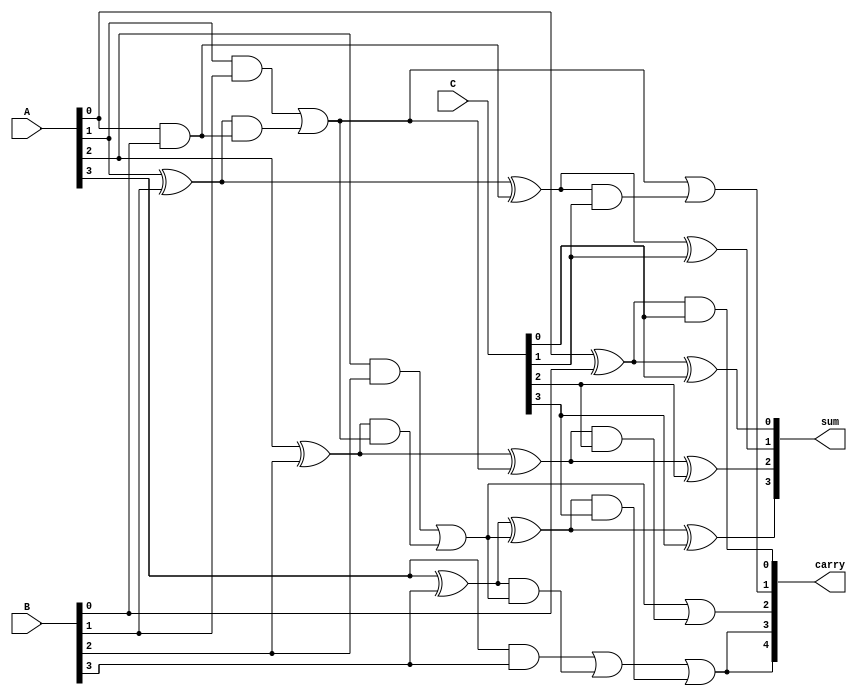
module CarrySaveAdder #(
    parameter N = 4 // Bit-width of the operands
)(
    input  wire [N-1:0] A, // First operand
    input  wire [N-1:0] B, // Second operand
    input  wire [N-1:0] C, // Third operand
    output wire [N-1:0] sum, // Sum output
    output wire [N:0] carry // Carry output (N+1 bits to accommodate overflow)
);

    wire [N-1:0] sum_temp [2:0]; // Temporary sum outputs
    wire [N-1:0] carry_temp [2:0]; // Temporary carry outputs

    genvar i;
    generate
        for (i = 0; i < N; i = i + 1) begin : CSA
            if (i == 0) begin
                // For the least significant bit, use Half Adders
                assign sum_temp[0][i] = A[i] ^ B[i];
                assign carry_temp[0][i] = A[i] & B[i];

                assign sum_temp[1][i] = sum_temp[0][i] ^ C[i];
                assign carry_temp[1][i] = sum_temp[0][i] & C[i];

            end else begin
                // Use Full Adders for higher order bits
                wire sum_a, carry_a, carry_b;
                
                // Full Adder for A, B and carry from the previous stage
                assign sum_a = A[i] ^ B[i];
                assign carry_a = A[i] & B[i];

                assign sum_temp[0][i] = sum_a ^ carry_temp[0][i-1];
                assign carry_temp[0][i] = carry_a | (sum_a & carry_temp[0][i-1]);

                // Full Adder for temp sums and C
                assign sum_temp[1][i] = sum_temp[0][i] ^ C[i];
                assign carry_temp[1][i] = carry_temp[0][i] | (sum_temp[0][i] & C[i]);
            end
        end
    endgenerate

    // Final output assignments
    assign sum = sum_temp[1];          // Final sum output
    assign carry = {carry_temp[1][N-1], carry_temp[1]}; // Final carry output with overflow bit

endmodule